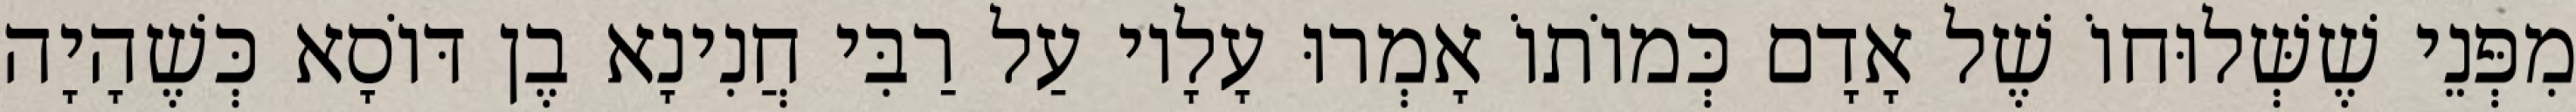
מִפְּנֵי שֶׁשְּׁלוּחוֹ שֶׁל אָדָם כְּמוֹתוֹ אָמְרוּ עָלָיו עַל רַבִּי חֲנִינָא בֶן דּוֹסָא כְּשֶׁהָיָה